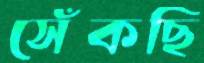
সেঁকছি